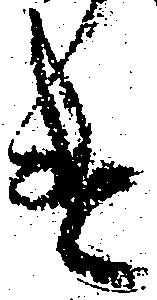
遣